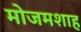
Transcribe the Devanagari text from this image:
मोजमशाह